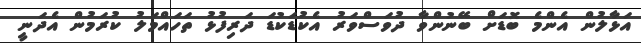
އަޅާލުން އެންމެ ބޮޑަށް ބޭނުންވާ ދުވަސްވަރު އެކުޑަކުޑަ ދަރިފުޅު ތަހައްމަލު ކުރަމުން އެދަނީ